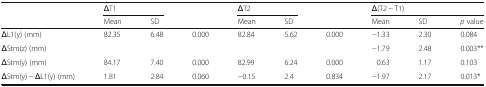
| <ROWSPAN=2>  | <COLSPAN=2> ΔT1 | <ROWSPAN=2>  | <COLSPAN=2> ΔT2 | <ROWSPAN=2>  | <COLSPAN=3> Δ(T2 − T1) |
 | Mean | SD | Mean | SD | Mean | SD | p value |
 | --- | --- | --- | --- | --- | --- | --- | --- | --- | --- |
 | ΔL1(y) (mm) | 82.35 | 6.48 | 0.000 | 82.84 | 5.62 | 0.000 | −1.33 | 2.30 | 0.084 |
 | ΔStm(z) (mm) |  |  |  |  |  |  | −1.79 | 2.48 | 0.003** |
 | ΔStm(y) (mm) | 84.17 | 7.40 | 0.000 | 82.99 | 6.24 | 0.000 | 0.63 | 1.17 | 0.103 |
 | ΔStm(y) − ΔL1(y) (mm) | 1.81 | 2.84 | 0.060 | −0.15 | 2.4 | 0.834 | −1.97 | 2.17 | 0.013* |